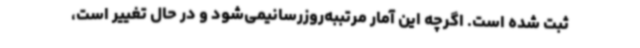
ثبت شده است. اگرچه این آمار مرتببه‌روزرسانیمی‌شود و در حال تغییر است،